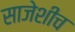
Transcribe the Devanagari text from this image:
साजेशीच